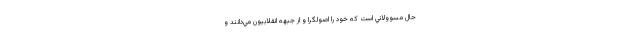
حال مسوولاني است كه خود را اصولگرا و از جبهه انقلابيون مي‌دانند و